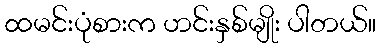
ထမင်းပုံစားက ဟင်းနှစ်မျိုး ပါတယ်။